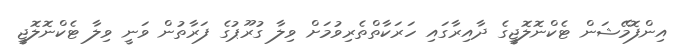
އިންފޮމޭޝަން ޓެކްނޮލޮޖީގެ ދާއިރާގައި ހަރަކާތްތެރިވުމަށް ވިލާ ގުރޫޕުގެ ފަރާތުން ވަނީ ވިލާ ޓެކްނޮލޮޖީ